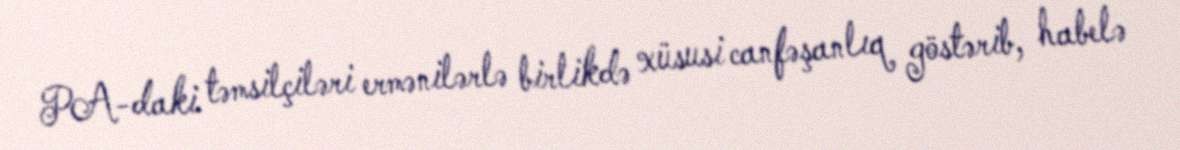
PA-daki təmsilçiləri ermənilərlə birlikdə xüsusi canfəşanlıq göstərib, habelə